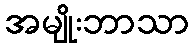
အမျိုးဘာသာ